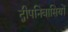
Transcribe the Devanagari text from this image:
द्वीपनिवासियों